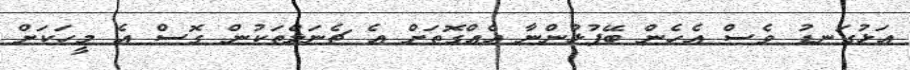
އަޅުގަނޑު ވެސް އެހެން ބޭފުޅުންނާ އެއްގޮތަށް އެ ޗެނަލްތަކުން ގޮސް އެ މީހަކަށް